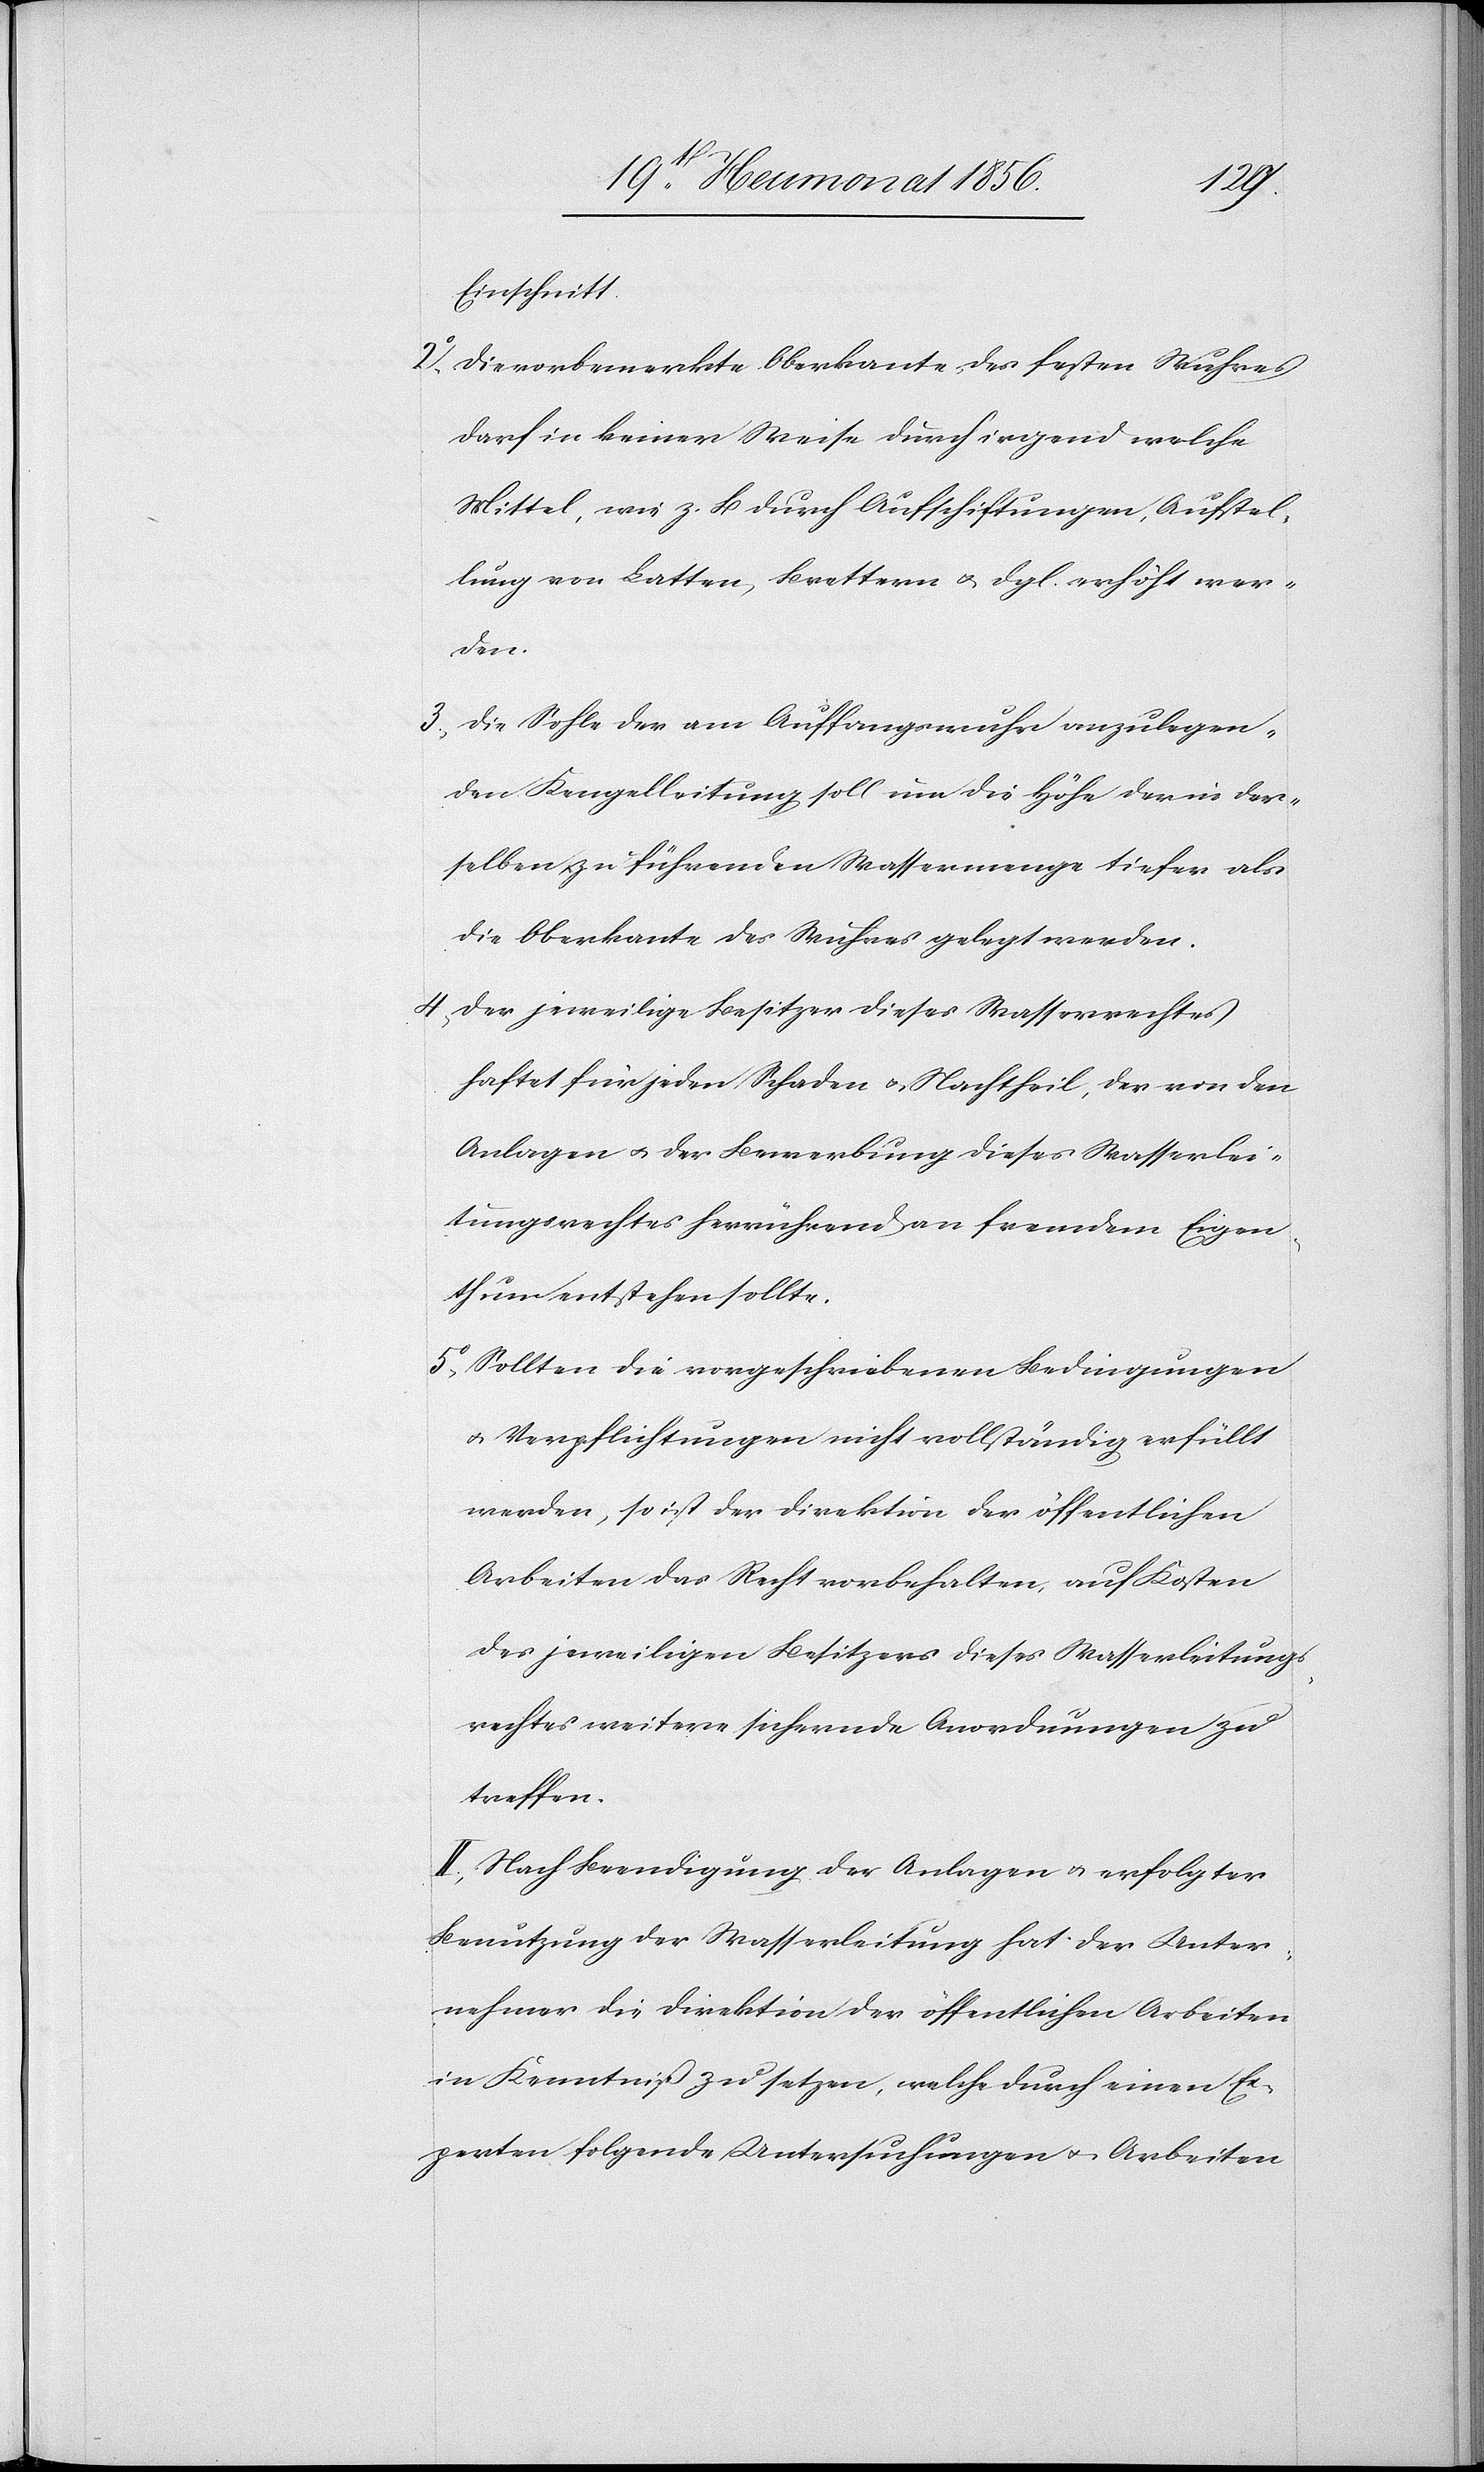
Einschnitt.
2.) Die vorbemerkte Oberkante des festen Wuhres
darf in keiner Weise durch irgend welche
Mittel, wie z. B durch Aufschiftungen, Aufstel¬
lung von Latten, Brettern u. dgl. erhöht wer¬
den.
3.) Die Sohle der am Auffangswuhr anzulegen¬
den Kengelleitung soll um die Höhe der in der¬
selben zu führenden Wassermenge tiefer als
die Oberkante des Wuhres gelegt werden.
4.) Der jeweilige Besitzer dieses Wasserrechtes
haftet für jeden Schaden u. Nachtheil, der von den
Anlagen u. der Bewerbung dieses Wasserlei¬
tungsrechtes herrührend an fremdem Eigen¬
thum entstehen sollte.
5.) Sollten die vorgeschriebenen Bedingungen
u. Verpflichtungen nicht vollständig erfüllt
werden, so ist der Direktion der öffentlichen
Arbeiten das Recht vorbehalten, auf Kosten
des jeweiligen Besitzers dieses Wasserleitungs¬
rechtes weitere sichernde Anordnungen zu
treffen.
II.) Nach Beendigung der Anlagen u. erfolgter
Benutzung der Wasserleitung hat der Unter¬
nehmer die Direktion der öffentlichen Arbeiten
in Kenntniß zu setzen, welche durch einen Ex¬
perten folgende Untersuchungen u. Arbeiten